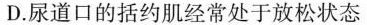
D.尿道口的括约肌经常处于放松状态